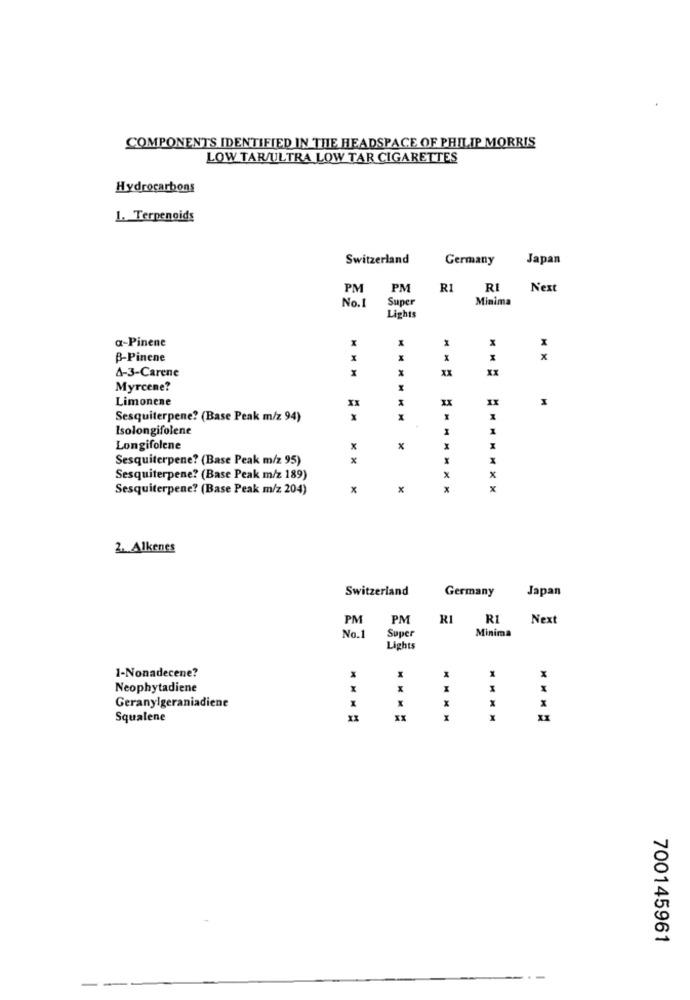
COMPONENTS IDENTIFIED IN THE HEADSPACE OF PHILIP MORRIS
LOW TAR/ULTRA LOW TAR CIGARETTES
Hydrocarbons
1. Terpenoids
Switzerland
Germany
Japan
PM
PM
RI
RI
Next
No.1
Super
Minima
Lights
a-Pinene
x
x
B-Pinene
x
X
A-3-Carene
XX
Myrcene?
Limonene
XX
XX
Sesquiterpene? (Base Peak m/z 94)
Isolongifolene
I
Longifolene
x
Sesquiterpene? (Base Peak m/z 95)
x
Sesquiterpene? (Base Peak m/z 189)
Sesquiterpene? (Base Peak m/z 204)
x
x
x
x
2. Alkenes
Switzerland
Germany
Japan
PM
PM
RI
RI
Next
Super
No.1
Minima
Lights
1-Nonadecene?
x
Neophytadiene
X
X
Geranylgeraniadiene
X
Squalene
XX
X
700145961